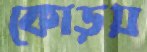
কোড়য়